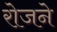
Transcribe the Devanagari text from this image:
रोजने